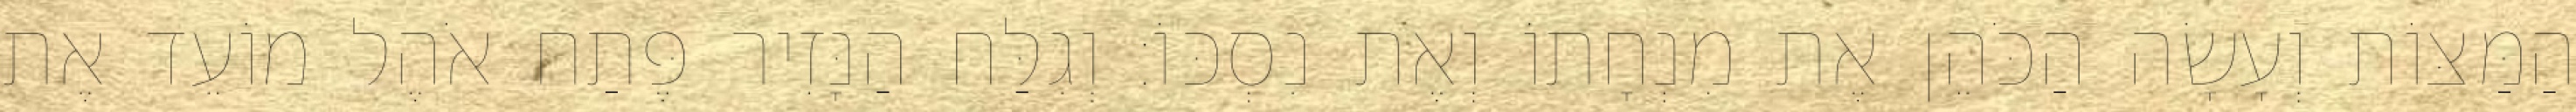
הַמַּצּוֹת וְעָשָׂה הַכֹּהֵן אֶת מִנְחָתוֹ וְאֶת נִסְכּוֹ׃ וְגִלַּח הַנָּזִיר פֶּתַח אֹהֶל מוֹעֵד אֶת